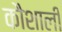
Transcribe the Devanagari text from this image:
कौशाली